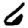
Digit: 6